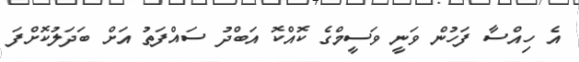
އެ ހިއްސާ ފަހުން ވަނީ ވަސީމްގެ ކޮއްކޮ އަބްދު ސައްފަތު އަަށް ބަދަލުކޮށްފަ